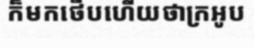
ក៏មកថើបហើយថាក្រអូប